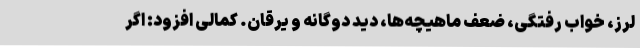
لرز، خواب رفتگی، ضعف ماهیچه‌ها، دید دوگانه و یرقان. کمالی افزود: اگر